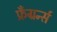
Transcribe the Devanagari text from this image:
फ्रँग्रर्न्स